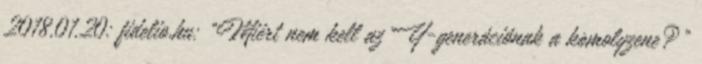
2018.01.20: fidelio.hu: "Miért nem kell az Y-generációnak a komolyzene?"